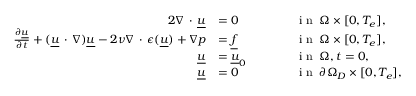
\begin{array} { r l r l } { { 2 } \nabla \, \cdot \, \underline { { u } } } & { = 0 } & & { \qquad \textnormal { i n } \: \Omega \times [ 0 , T _ { e } ] , } \\ { \frac { \partial \underline { { u } } } { \partial t } + ( \underline { { u } } \, \cdot \, \nabla ) \underline { { u } } - 2 \nu \nabla \, \cdot \, \epsilon ( \underline { { u } } ) + \nabla p } & { = \underline { { f } } } & & { \qquad \textnormal { i n } \: \Omega \times [ 0 , T _ { e } ] , } \\ { \underline { { u } } } & { = \underline { { u } } _ { 0 } } & & { \qquad \textnormal { i n } \: \Omega , t = 0 , } \\ { \underline { { u } } } & { = 0 } & & { \qquad \textnormal { i n } \: \partial \Omega _ { D } \times [ 0 , T _ { e } ] , } \end{array}